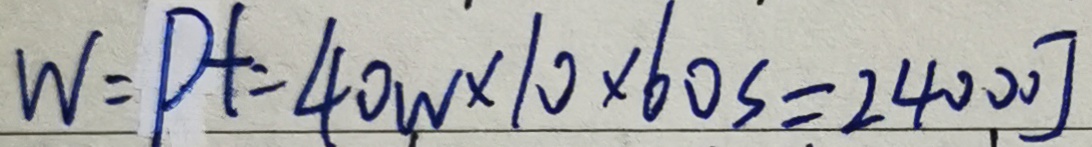
W = P t = 4 0 w \times 1 0 \times 6 0 s = 2 4 0 0 0 J